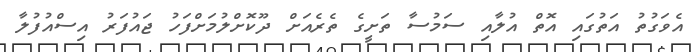
އެވަގުތު އަތުގައި އޮތް އުލާއި ސަމުސާ ތަށީގެ ތެރެއަށް ދޫކޮށްލުމަށްފަހު ޖައުފަރު އިސްއުފުލާ